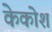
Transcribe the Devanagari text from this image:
केकोश